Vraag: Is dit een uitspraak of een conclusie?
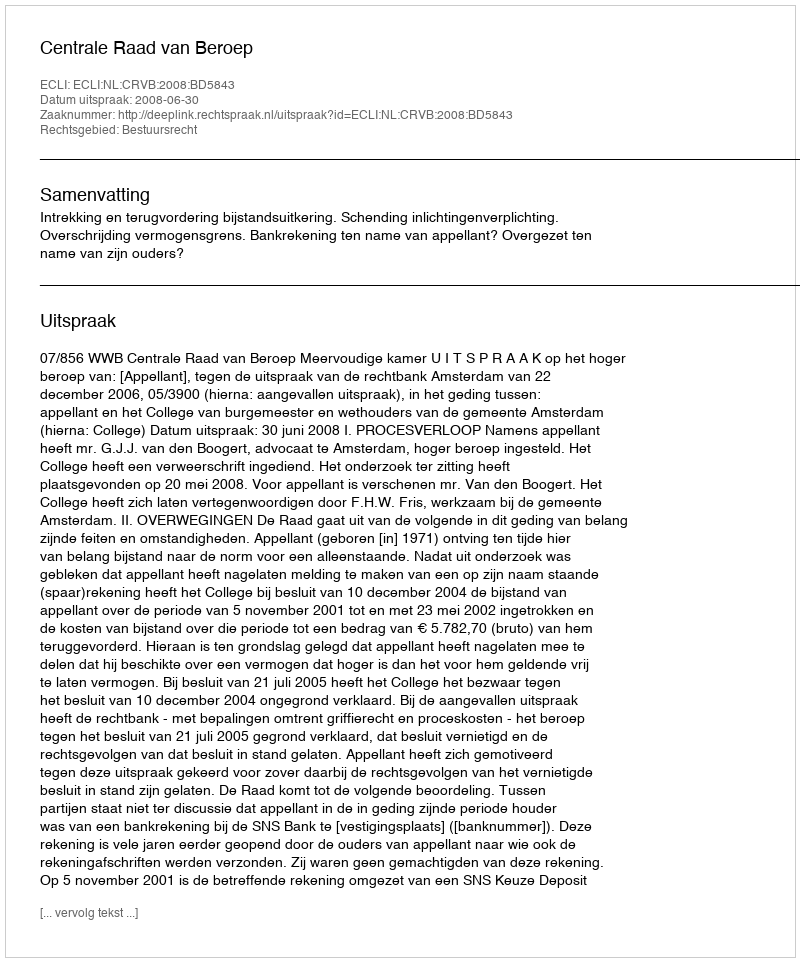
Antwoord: Uitspraak